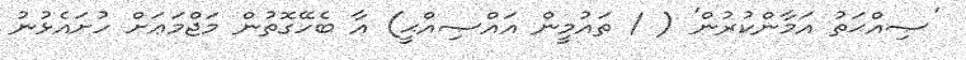
'ޞިއްޙަތު އަމާންކުރުން' ( / ތައުމީން އައްޞިއްޙީ) އާ ބެހޭގޮތުން މަޖްމަޢަށް ހުށައެޅުނު